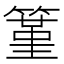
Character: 䈽